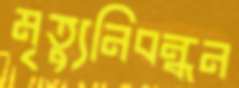
মৃত্যুনিবন্ধন